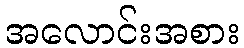
အလောင်းအစား